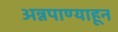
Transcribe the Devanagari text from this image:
अन्नपाण्याहून